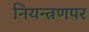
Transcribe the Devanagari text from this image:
नियन्त्रणपर